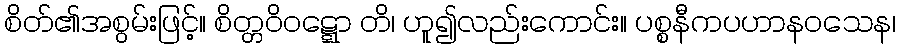
စိတ်၏အစွမ်းဖြင့်။ စိတ္တဝိဝဋ္ဋော တိ၊ ဟူ၍လည်းကောင်း။ ပစ္စနီကပဟာနဝသေန၊